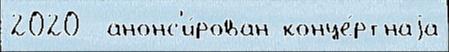
2020  анонс'и́рован конце́ртнаjа